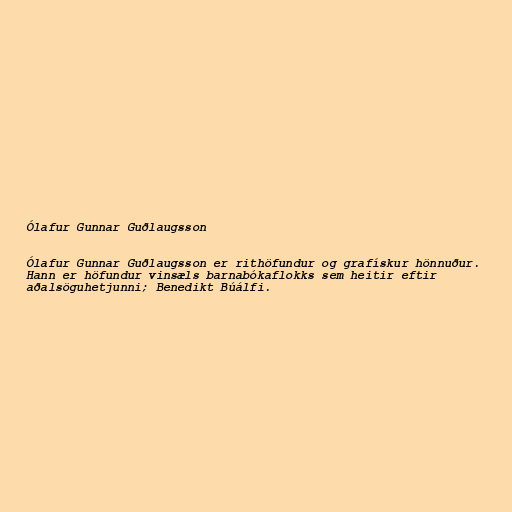
Ólafur Gunnar Guðlaugsson

Ólafur Gunnar Guðlaugsson er rithöfundur og grafískur hönnuður.
Hann er höfundur vinsæls barnabókaflokks sem heitir eftir
aðalsöguhetjunni; Benedikt Búálfi.